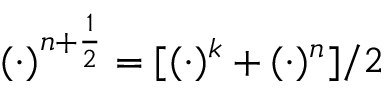
( \cdot ) ^ { n + \frac { 1 } { 2 } } = [ ( \cdot ) ^ { k } + ( \cdot ) ^ { n } ] / 2